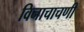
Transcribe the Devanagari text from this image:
विनाचाचणी